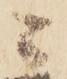
ニ